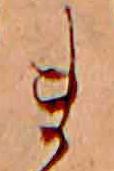
ま